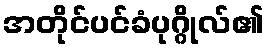
အတိုင်ပင်ခံပုဂ္ဂိုလ်၏